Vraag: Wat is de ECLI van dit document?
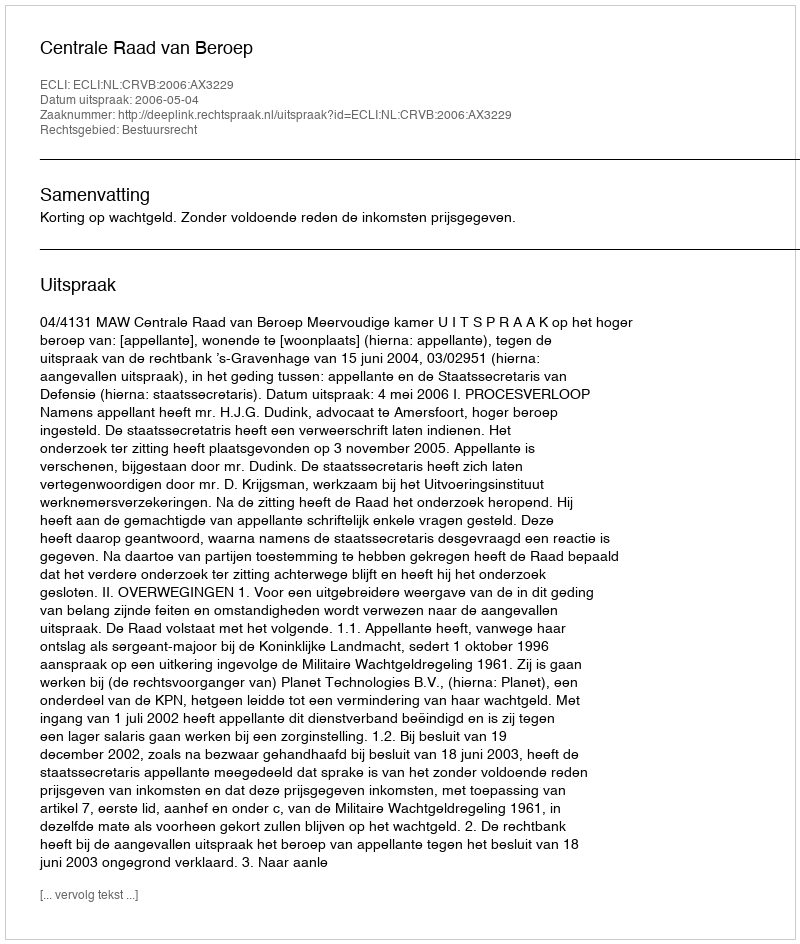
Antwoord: ECLI:NL:CRVB:2006:AX3229